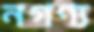
নগণ্য